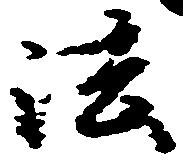
法